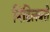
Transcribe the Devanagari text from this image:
मिडिलबरो